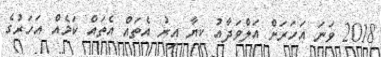
2018 ވަނަ އަހަރަށް އަލްވަދާއު ކިޔާ އިރު އެތައް އެތައް ކަމެއް އަހަރުގެ